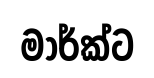
මාර්ක්ට